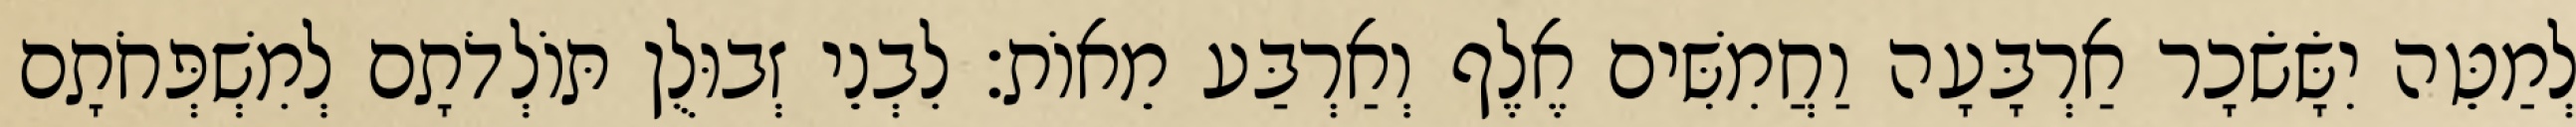
לְמַטֵּה יִשָּׂשׂכָר אַרְבָּעָה וַחֲמִשִּׁים אֶלֶף וְאַרְבַּע מֵאוֹת׃ לִבְנֵי זְבוּלֻן תּוֹלְדֹתָם לְמִשְׁפְּחֹתָם